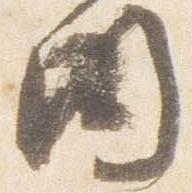
内